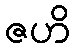
ဇဟိ